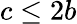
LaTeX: c\leq 2b